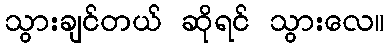
သွားချင်တယ် ဆိုရင် သွားလေ။